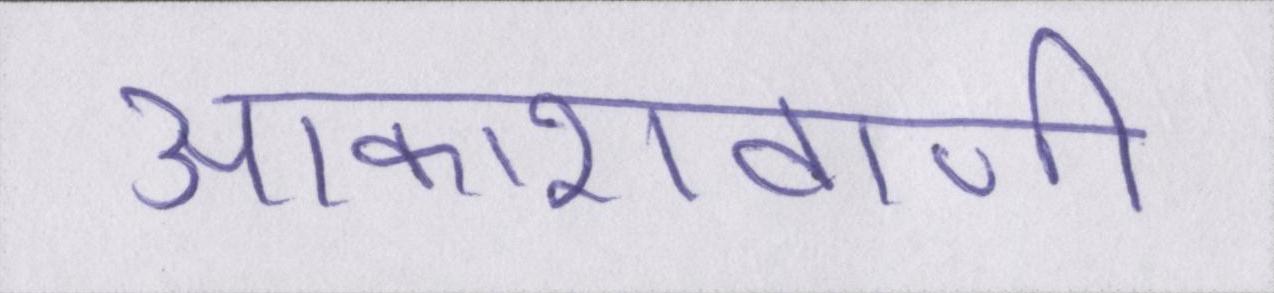
आकाशवाणी